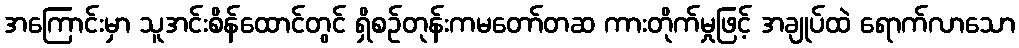
အကြောင်းမှာ သူအင်းစိန်ထောင်တွင် ရှိစဉ်တုန်းကမတော်တဆ ကားတိုက်မှုဖြင့် အချုပ်ထဲ ရောက်လာသော